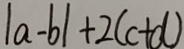
\vert a - b \vert + 2 ( c + d )